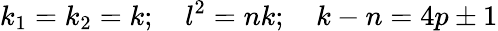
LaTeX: k_{1}=k_{2}=k;\quad l^{2}=nk;\quad k-n=4p\pm 1